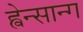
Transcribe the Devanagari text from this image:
ह्वेन्सान्ग